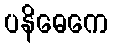
ပနိဓေကေ